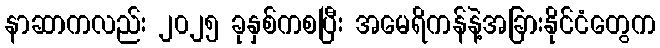
နာဆာကလည်း ၂၀၂၅ ခုနှစ်ကစပြီး အမေရိကန်နဲ့အခြားနိုင်ငံတွေက